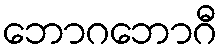
ဘောဂဘောဂီ